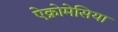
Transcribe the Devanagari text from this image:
ऐक्रोमेसिया